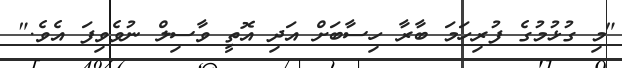
"މި ގުޅުމުގެ ފުރިހަމަ ބާރާ ހިސާބަށް އަދި އޮތީ ވާސިލް ނުވެވިފަ އެވެ."